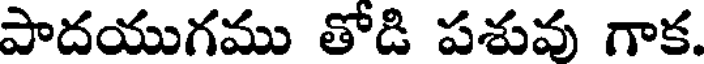
పాదయుగము తోడి పశువు గాక.